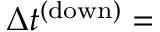
\Delta t ^ { \mathrm { ( d o w n ) } } =